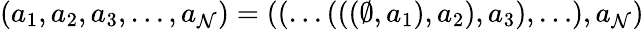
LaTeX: (a_{1},a_{2},a_{3},\ldots,a_{\mathcal{N}})=((\ldots(((\emptyset,a_{1}),a_{2}),a_{3}),\ldots),a_{\mathcal{N}})